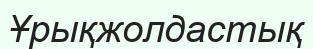
Ұрықжолдастық